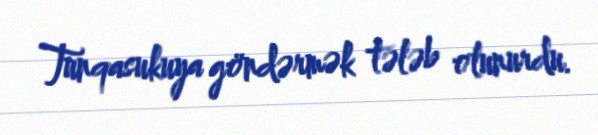
Tunqasukuya göndərmək tələb olunurdu.